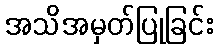
အသိအမှတ်ပြုခြင်း